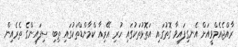
ރާއްޖެއެމްވީއަށް އެނގިފައިވާ ގޮތުގައި އަތޮޅުތަކުގައި ހުރި އޭރިއާ ކްމާންޑްތަކުގައި ތިބި ސިފައިންގެ ތެރެއިން